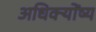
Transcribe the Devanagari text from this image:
अधिक्योंष्य